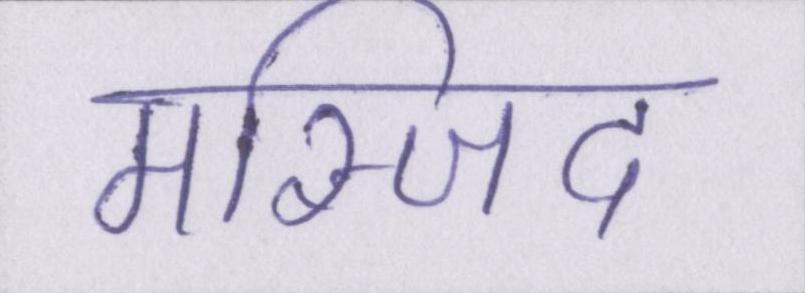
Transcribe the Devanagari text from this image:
मस्जिद